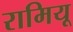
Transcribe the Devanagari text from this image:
रामियू